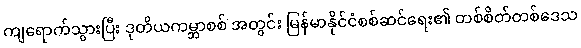
ကျရောက်သွားပြီး ဒုတိယကမ္ဘာစစ် အတွင်း မြန်မာနိုင်ငံစစ်ဆင်ရေး၏ တစ်စိတ်တစ်ဒေသ